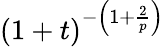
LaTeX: (1+t)^{-\left(1+\frac{2}{p}\right)}